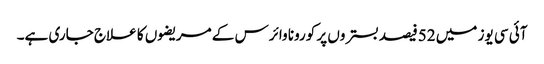
آئی سی یوز میں 52فیصد بستروں پر کورونا وائرس کے مریضوں کا علاج جاری ہے۔